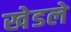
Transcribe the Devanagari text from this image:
खेडले